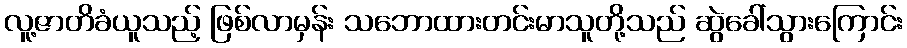
လူ့ဇာတိခံယူသည့် ဖြစ်လာမှန်း သဘောထားတင်းမာသူတို့သည် ဆွဲခေါ်သွားကြောင်း